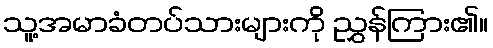
သူ့အမာခံတပ်သားများကို ညွှန်ကြား၏။